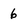
Character: 6